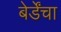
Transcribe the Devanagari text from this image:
बेर्डेंचा